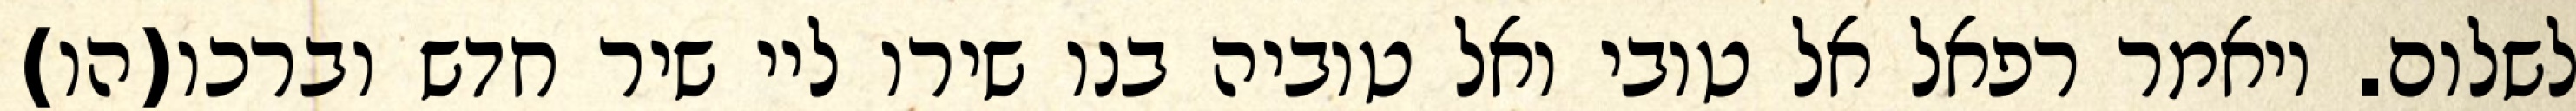
לשלום. ויאמר רפאל אל טובי ואל טוביה בנו שירו ליי שיר חדש וברכו(הו)